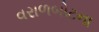
વરાળબોટના